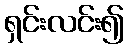
ရှင်းလင်း၍